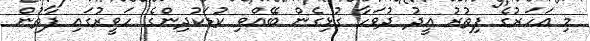
މި އަހަރުގެ ފިތުރު އީދު ދުވަހާ ގުޅިގެން ބޭއްވި ކުޑަކުދިންގެ ހަވީރުގައި ފާތުން